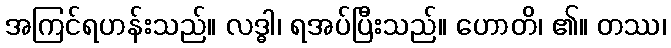
အကြင်ရဟန်းသည်။ လဒ္ဓါ၊ ရအပ်ပြီးသည်။ ဟောတိ၊ ၏။ တဿ၊